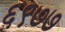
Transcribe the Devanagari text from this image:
६९७७